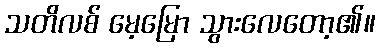
သတိလစ် မေ့မြော သွားလေတော့၏။